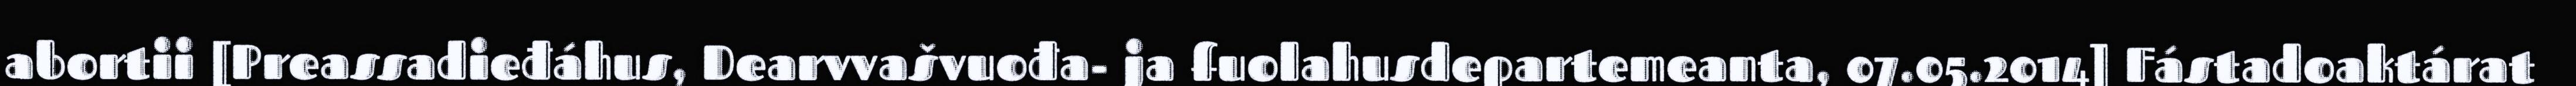
abortii [Preassadieđáhus, Dearvvašvuođa- ja fuolahusdepartemeanta, 07.05.2014] Fástadoaktárat